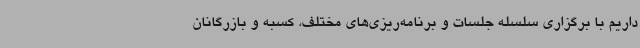
داریم با برگزاری سلسله جلسات و برنامه‌ریزی‌های مختلف، کسبه و بازرگانان